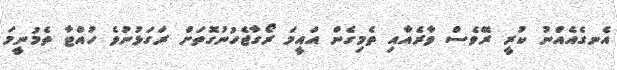
އެނގެއެއްނު ކުރީ ރޭވެސް ވާރެއާއި ތެމިގެން އައީމަ ރޯގާޖެހުނުގޮތަށް ރަގަޅުނުވެ ހުއްޓާ ތެމުނީމަ